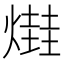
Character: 𤏎